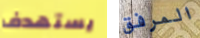
يستهدف المرفق